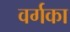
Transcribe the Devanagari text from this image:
वर्गका